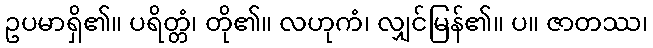
ဥပမာရှိ၏။ ပရိတ္တံ၊ တို၏။ လဟုကံ၊ လျှင်မြန်၏။ ပ။ ဇာတဿ၊